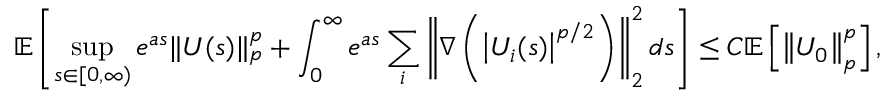
\mathbb { E } \left[ \operatorname* { s u p } _ { s \in [ 0 , \infty ) } e ^ { a s } \| U ( s ) \| _ { p } ^ { p } + \int _ { 0 } ^ { \infty } e ^ { a s } \sum _ { i } \left\| \nabla \left( \left| U _ { i } ( s ) \right| ^ { p / 2 } \right) \right\| _ { 2 } ^ { 2 } d s \right] \leq C \mathbb { E } \left[ \left\| U _ { 0 } \right\| _ { p } ^ { p } \right] ,